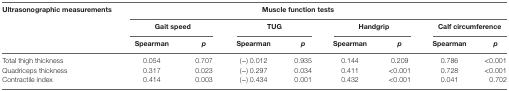
| Ultrasonographic measurements | <COLSPAN=8> Muscle function tests |
 |  | <COLSPAN=2> Gait speed | <COLSPAN=2> TUG | <COLSPAN=2> Handgrip | <COLSPAN=2> Calf circumference |
 |  | Spearman | p | Spearman | p | Spearman | p | Spearman | p |
 | --- | --- | --- | --- | --- | --- | --- | --- | --- |
 | Total thigh thickness | 0.054 | 0.707 | (−) 0.012 | 0.935 | 0.144 | 0.209 | 0.786 | <0.001 |
 | Quadriceps thickness | 0.317 | 0.023 | (−) 0.297 | 0.034 | 0.411 | <0.001 | 0.728 | <0.001 |
 | Contractile index | 0.414 | 0.003 | (−) 0.434 | 0.001 | 0.432 | <0.001 | 0.041 | 0.702 |